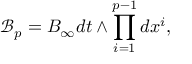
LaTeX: { \mathcal B } _ { p } = B _ { \infty } d t \wedge \prod _ { i = 1 } ^ { p - 1 } d x ^ { i } ,